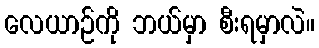
လေယာဉ်ကို ဘယ်မှာ စီးရမှာလဲ။